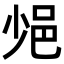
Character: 𨚈